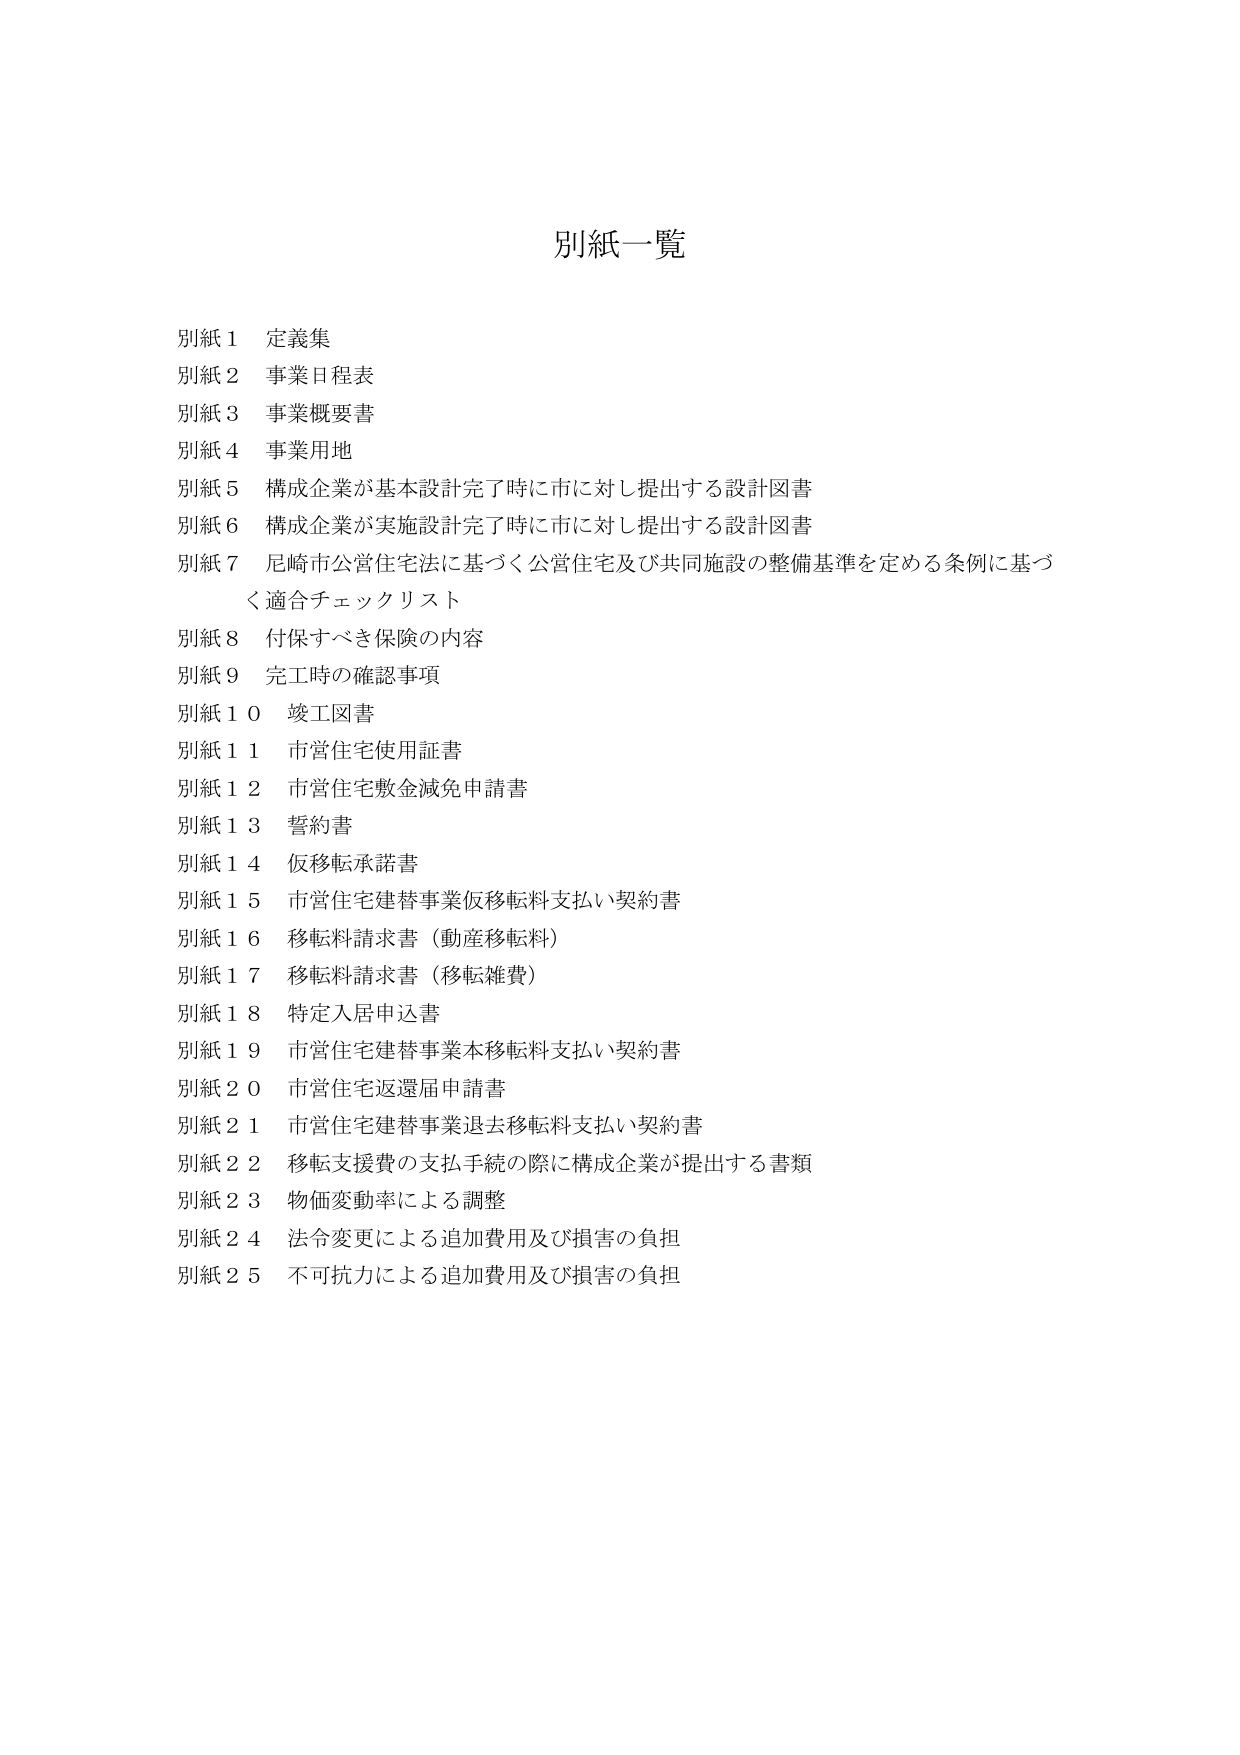
別紙一覧

別紙１ 定義集
別紙２ 事業日程表
別紙３ 事業概要書
別紙４ 事業用地
別紙５ 構成企業が基本設計完了時に市に対し提出する設計図書
別紙６ 構成企業が実施設計完了時に市に対し提出する設計図書
別紙７ 尼崎市公営住宅法に基づく公営住宅及び共同施設の整備基準を定める条例に基づく適合チェックリスト
別紙８ 付保すべき保険の内容
別紙９ 完工時の確認事項
別紙１０ 竣工図書
別紙１１ 市営住宅使用証書
別紙１２ 市営住宅敷金減免申請書
別紙１３ 誓約書
別紙１４ 仮移転承諾書
別紙１５ 市営住宅建替事業仮移転料支払い契約書
別紙１６ 移転料請求書（動産移転料）
別紙１７ 移転料請求書（移転雑費）
別紙１８ 特定入居申込書
別紙１９ 市営住宅建替事業本移転料支払い契約書
別紙２０ 市営住宅返還届申請書
別紙２１ 市営住宅建替事業退去移転料支払い契約書
別紙２２ 移転支援費の支払手続の際に構成企業が提出する書類
別紙２３ 物価変動率による調整
別紙２４ 法令変更による追加費用及び損害の負担
別紙２５ 不可抗力による追加費用及び損害の負担